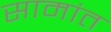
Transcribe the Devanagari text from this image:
सामांत